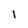
Character: 1